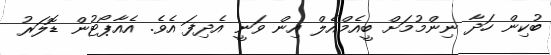
ބުކިން ހަދާ ނިންމުމަށް ބީއެމްއެލް އިން ވަނީ އެދިފަ އެވެ. އެއާޕޯޓުން ޑޮލަރު